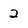
Character: 2